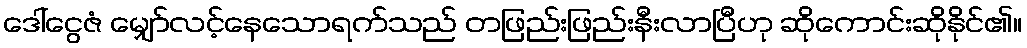
ဒေါ်ငွေဇံ မျှော်လင့်နေသောရက်သည် တဖြည်းဖြည်းနီးလာပြီဟု ဆိုကောင်းဆိုနိုင်၏။